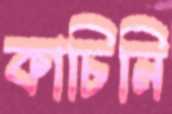
কাচিনি